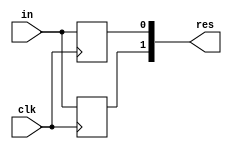
module test_4 (
             res,
             clk,
             in
   );
   output reg [1:0] res;
   input         clk;
   input         in;
   generate
      genvar i;
      for (i=0; i<2; i=i+1) begin
         always @(posedge clk) begin
            res[i:i] <= in;
         end
      end
   endgenerate
endmodule